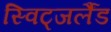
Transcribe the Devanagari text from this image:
स्विट्जर्लैंड